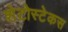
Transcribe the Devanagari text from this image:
शेटोस्टेकस